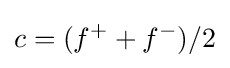
c=(f^{+}+f^{-})/2